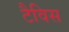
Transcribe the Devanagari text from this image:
टैविस